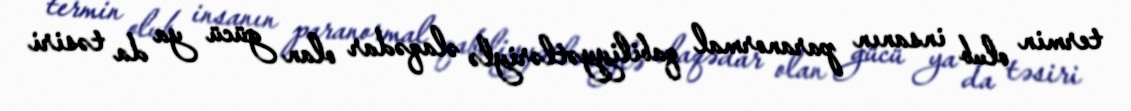
termin olub insanın paranormal qabiliyyətləriylə əlaqədar olan gücü ya da təsiri